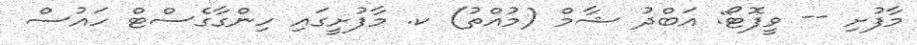
މާފުށި -- ވީފޮޓޯ: އަބްދު ޝާމް (މުއްތު) ކ. މާފުށީގައި ހިންގާގެސްޓް ހައުސް